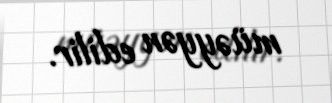
müəyyən edilir.